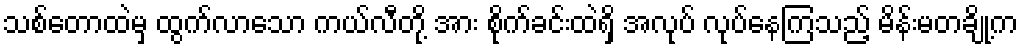
သစ်တောထဲမှ ထွက်လာသော ကယ်လီတို့ အား စိုက်ခင်းထဲရှိ အလုပ် လုပ်နေကြသည့် မိန်းမတချို့က